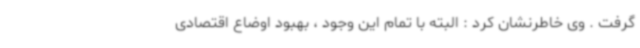
گرفت . وی خاطرنشان کرد : البته با تمام این وجود ، بهبود اوضاع اقتصادی